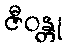
ဇီဝန္တု